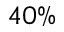
4 0 \%